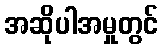
အဆိုပါအမှုတွင်